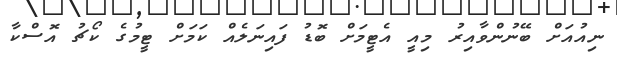
ނިއުއަށް ބޭނުންވާއިރު މިއީ އެޓީމަށް ބޮޑު ފައިނަލެއް ކަމަށް ޓީމުގެ ކޯޗު އޮސްކާ